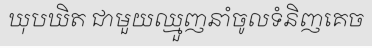
ឃុបឃិត ជាមួយឈ្មួញនាំចូលទំនិញគេច